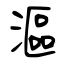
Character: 漚